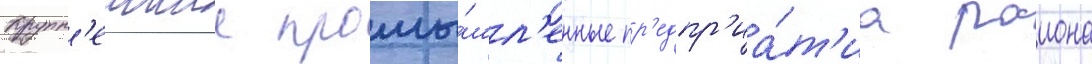
Крупн'еишие промы́шл'енные пр'едпр'иа́т'иа раиона